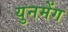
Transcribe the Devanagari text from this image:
युनमेंग